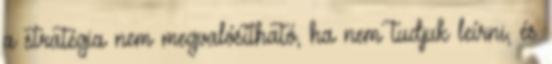
a stratégia nem megvalósítható, ha nem tudjuk leírni, és